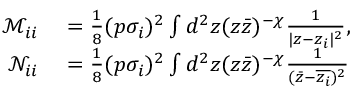
\begin{array} { r l } { \mathcal M _ { i i } } & { { } = \frac { 1 } { 8 } ( p \sigma _ { i } ) ^ { 2 } \int d ^ { 2 } z ( z \bar { z } ) ^ { - \chi } \frac { 1 } { | z - z _ { i } | ^ { 2 } } , } \\ { \mathcal N _ { i i } } & { { } = \frac { 1 } { 8 } ( p \sigma _ { i } ) ^ { 2 } \int d ^ { 2 } z ( z \bar { z } ) ^ { - \chi } \frac { 1 } { ( \bar { z } - \overline { { z _ { i } } } ) ^ { 2 } } } \end{array}